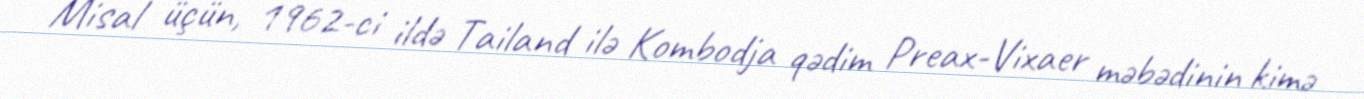
Misal üçün, 1962-ci ildə Tailand ilə Kombodja qədim Preax-Vixaer məbədinin kimə